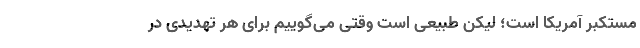
مستکبر آمریکا است؛ لیکن طبیعی است وقتی می‌گوییم برای هر تهدیدی در